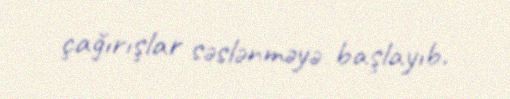
çağırışlar səslənməyə başlayıb.